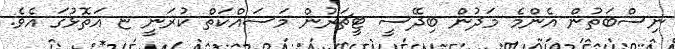
ނިސްބަތުން އެންމެ މަދުން ބިދޭސީ ޓީޗަރުން މަސައްކަތް ކުރަނީ ޏ އަތޮޅުގަ އެވެ.